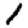
Digit: 1